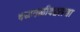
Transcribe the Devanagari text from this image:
चळवळीबद्दलचा